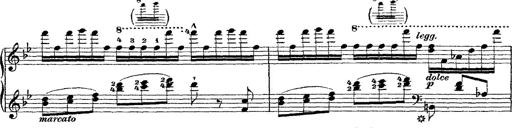
Title: Fantaisie romantique sur deux mÃ©lodies suisses
Composer: Franz Liszt